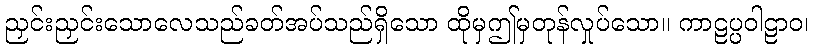
ညှင်းညှင်းသောလေသည်ခတ်အပ်သည်ရှိသော ထိုမှဤမှတုန်လှုပ်သော။ ကာဠပ္ပဝါဠာဝ၊